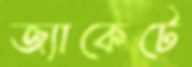
জ্যাকেটে